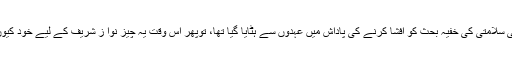
اگر اُن وزرا کو قومی سلامتی کی خفیہ بحث کو افشا کرنے کی پاداش میں عہدوں سے ہٹایا گیا تھا، توپھر اس وقت یہ چیز نوا ز شریف کے لیے خود کیوں کر درست ہوگئی؟